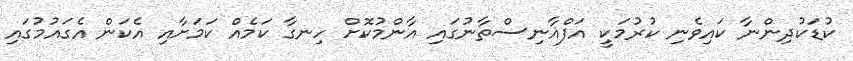
ކުޑަކުދިންނާ ކައިވެނި ކުރުމަކީ އަފްޣާނިސްތާނުގައި އާންމުކޮށް ހިނގާ ކަމެއް ކަމަށާއި އެކަން އެގައުމުގައި